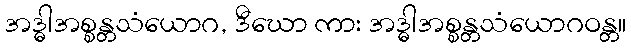
အဒ္ဓါအစ္စန္တသံယောဂ, ဒီဃော ကား အဒ္ဓါအစ္စန္တသံယောဂဝန္တ။